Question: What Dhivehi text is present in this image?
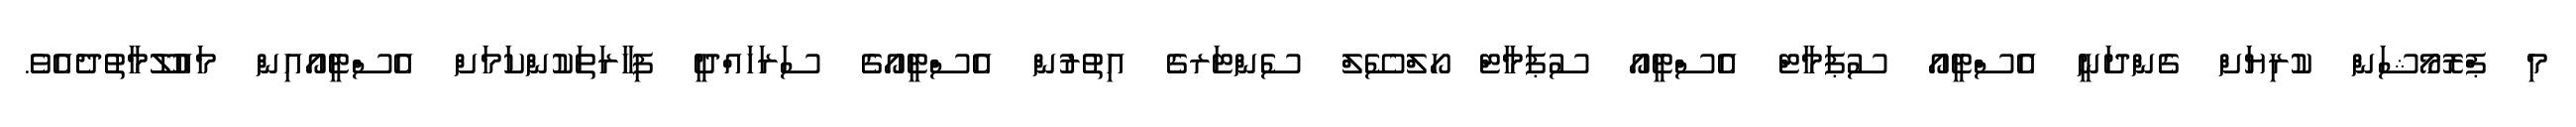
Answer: މި ޕްރޮމޯޝަން ކުރިޔަށް ގެންދަނީ އެސްޓީއޯ ސުޕަމާޓް އެސްޓީއޯ ސުޕަމާޓް ހޯލްސޭލް ސެންޓަރގެ އިތުރުން އެސްޓީއޯގެ ސަރަހައްދީ ފިހާރަތަކުންކަމަށް އެސްޓީއޯއިން މައުލޫމާތުދެއެވެ.